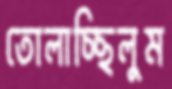
তোলাচ্ছিলুম